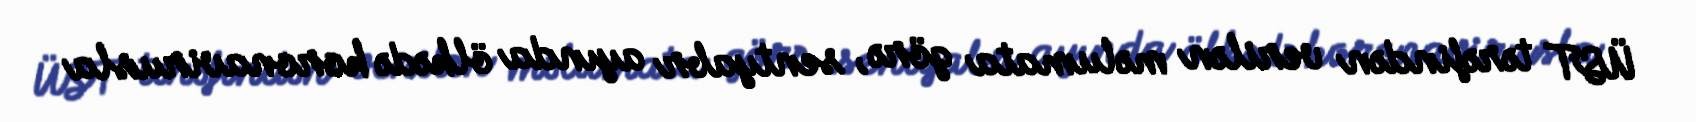
ÜST tərəfindən verilən məlumata görə, sentyabr ayında ölkədə koronavirusla